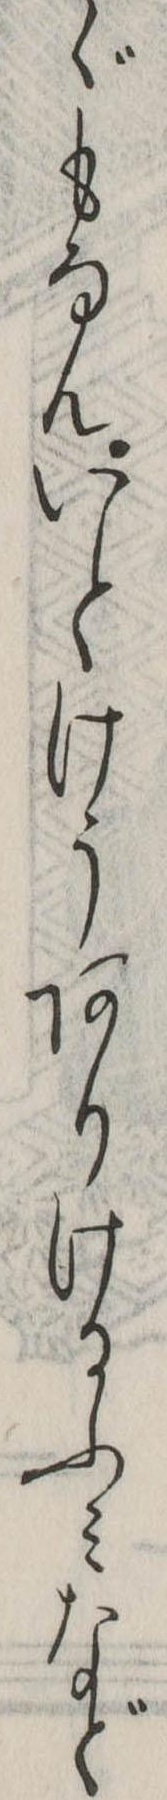
ゞもなんいとけうありけるふみなど